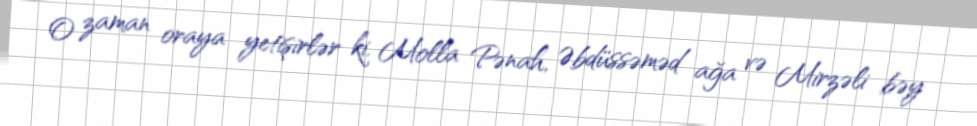
O zaman oraya yetişirlər ki, Molla Pənah, Əbdüssəməd ağa və Mirzəli bəy